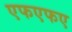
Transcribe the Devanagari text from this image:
एफएफए